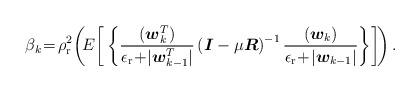
LaTeX: \begin{align*} \beta_k \!=\! \rho^2_{\rm r} \!\left( \! E \bigg[ \left\{ \frac{(\boldsymbol{w}^T_k)} {\epsilon_{\rm r} \!+\! |\boldsymbol{w}^T_{k-1} |} \left( \boldsymbol{I} - \mu\boldsymbol{R} \right)^{-1} \frac{ (\boldsymbol{w}_k)}{\epsilon_{\rm r} \!+\! | \boldsymbol{w}_{k-1} |} \right\}\!\bigg]\! \right) .\end{align*}